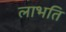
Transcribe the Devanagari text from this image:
लाभति